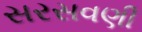
સરસવણી